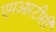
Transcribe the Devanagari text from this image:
एमआरटीसी